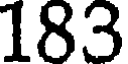
183